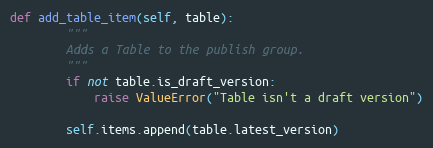
Language: Python
def add_table_item(self, table):
        """
        Adds a Table to the publish group.
        """
        if not table.is_draft_version:
            raise ValueError("Table isn't a draft version")

        self.items.append(table.latest_version)